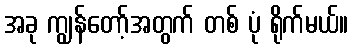
အခု ကျွန်တော့်အတွက် တစ် ပုံ ရိုက်မယ်။